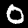
Label: 0